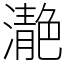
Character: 濪